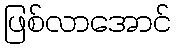
ဖြစ်လာအောင်